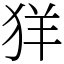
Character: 𦍕